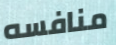
منافسه